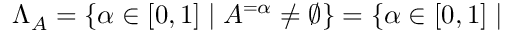
\Lambda _ { A } = \{ \alpha \in [ 0 , 1 ] \mid A ^ { = \alpha } \neq \varnothing \} = \{ \alpha \in [ 0 , 1 ] \mid { }